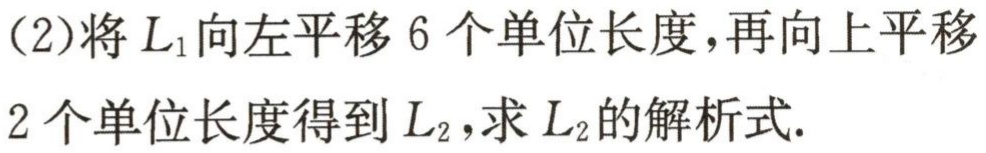
(2)将\(L_{1}\)向左平移\(6\)个单位长度，再向上平移
\(2\)个单位长度得到\(L_{2}\)，求\(L_{2}\)的解析式.